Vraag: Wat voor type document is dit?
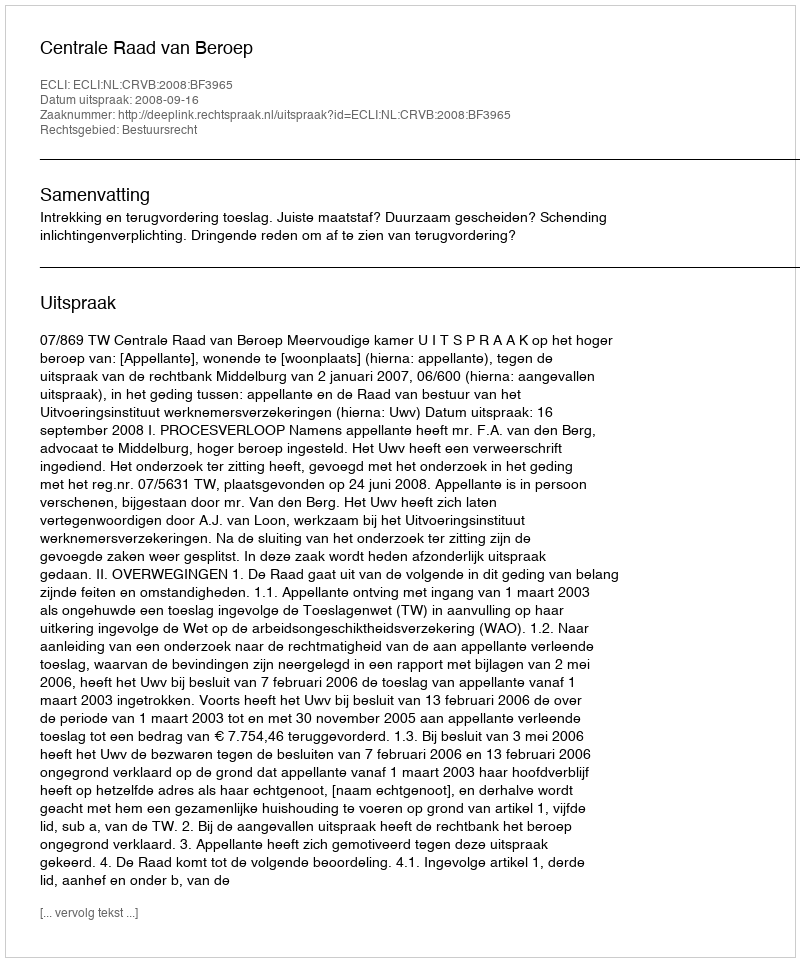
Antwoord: Uitspraak